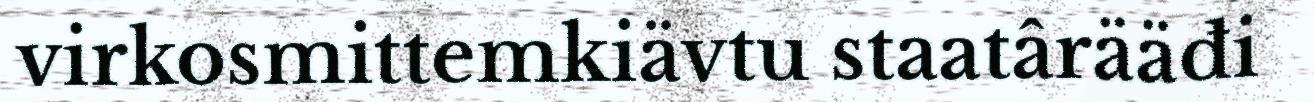
virkosmittemkiävtu staatârääđi